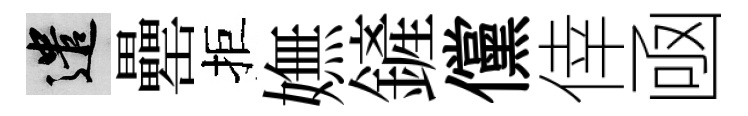
遣罍拒嫵鏟儻倖凾